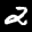
Label: 2